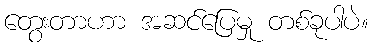
တွေးတာဟာ အဆင်ပြေမှု တစ်ခုပါပဲ။